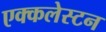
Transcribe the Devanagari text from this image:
एक्कलेस्टन